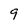
Character: 9